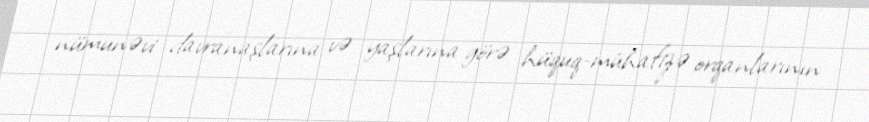
nümunəvi davranaşlarına və yaşlarına görə hüquq-mühafizə orqanlarının